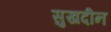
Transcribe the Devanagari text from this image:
सुखदीन